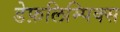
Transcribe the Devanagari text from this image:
डेफ़लिम्पिक्स